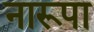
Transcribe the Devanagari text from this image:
नारूपा